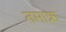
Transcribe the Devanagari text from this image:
तमान्ना